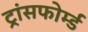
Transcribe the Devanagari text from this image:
ट्रांसफोर्म्ड